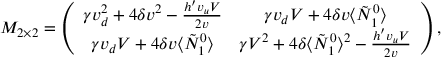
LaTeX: M _ { 2 \times 2 } = \left( \begin{array} { c c } { { \gamma v _ { d } ^ { 2 } + 4 \delta v ^ { 2 } - \frac { h ^ { \prime } v _ { u } V } { 2 v } } } & { { \gamma v _ { d } V + 4 \delta v \langle \tilde { N } _ { 1 } ^ { 0 } \rangle } } \\ { { \gamma v _ { d } V + 4 \delta v \langle \tilde { N } _ { 1 } ^ { 0 } \rangle } } & { { \gamma V ^ { 2 } + 4 \delta \langle \tilde { N } _ { 1 } ^ { 0 } \rangle ^ { 2 } - \frac { h ^ { \prime } v _ { u } V } { 2 v } } } \end{array} \right) ,